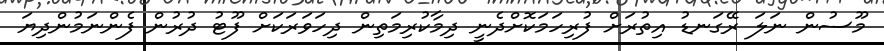
މޫސުން ނަލަ ރޭގަނޑު އިތުރަށް ފުރިހަމަކޮށްދެނީ ދިމާކުރިމަތިން ދިހަވަރަކަށް ފޫޓު ދުރުން ފެންނަމުންދިޔަ